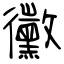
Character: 黴